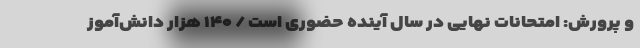
و پرورش: امتحانات نهایی در سال آینده حضوری است / ۱۴۰ هزار دانش‌آموز